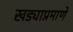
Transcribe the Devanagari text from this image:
खड्याप्रमाणे